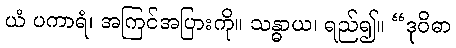
ယံ ပကာရံ၊ အကြင်အပြားကို။ သန္ဓာယ၊ ရည်၍။ “ဒုဝိဓာ